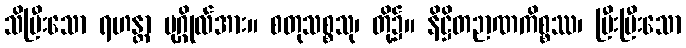
သိပြီးသော ရဟန္တာ ပုဂ္ဂိုလ်အား။ စတုသစ္စသု၊ တို့၌။ နိဋ္ဌိတဉာဏကိစ္စဿ၊ ပြီးပြီးသော